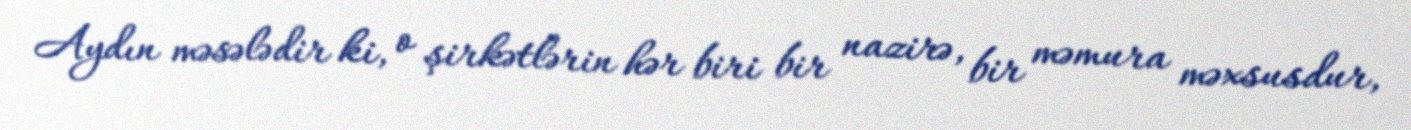
Aydın məsələdir ki, o şirkətlərin hər biri bir nazirə, bir məmura məxsusdur,